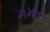
ગમારા